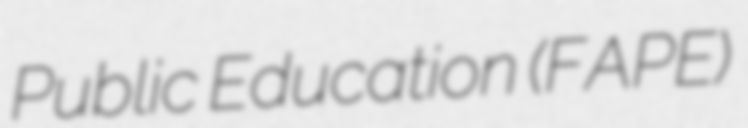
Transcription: Public Education (FAPE)